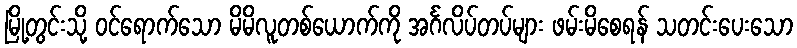
မြို့တွင်းသို့ ဝင်ရောက်သော မိမိလူတစ်ယောက်ကို အင်္ဂလိပ်တပ်များ ဖမ်းမိစေရန် သတင်းပေးသော